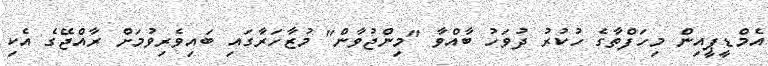
އެމްޑީޕީއިން މިހަފްތާގެ ހުކުރު ދުވަހު ބާއްވާ "މިންޖުވާން" މުޒާހަރާގައި ބައިވެރިވުމަށް ރާއްޖޭގެ އެކި